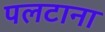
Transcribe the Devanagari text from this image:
पलटाना